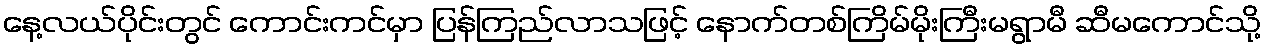
နေ့လယ်ပိုင်းတွင် ကောင်းကင်မှာ ပြန်ကြည်လာသဖြင့် နောက်တစ်ကြိမ်မိုးကြီးမရွာမီ ဆီမကောင်သို့